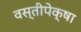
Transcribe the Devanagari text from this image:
वस्तीपेक्षा